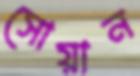
সোয়ান